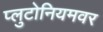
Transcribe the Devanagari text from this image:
प्लुटोनियमवर